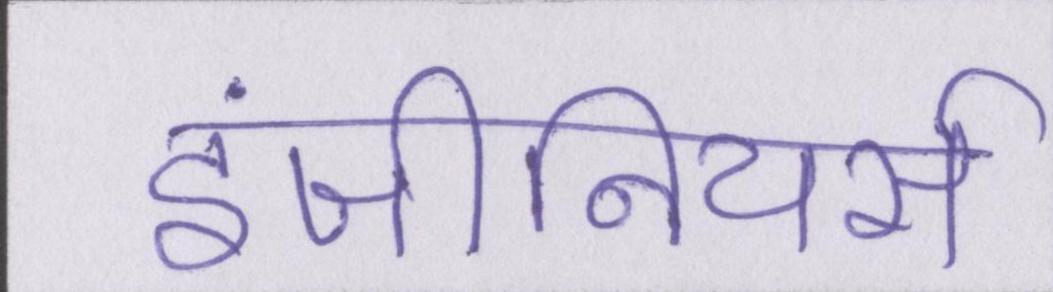
इंजीनियर्स